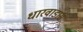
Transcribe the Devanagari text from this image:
धारवाडास